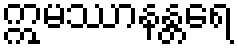
ဣမဿာနန္တရေ